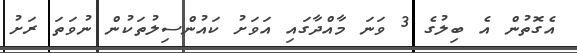
އެގޮތުން އެ ބިލުގެ 3 ވަނަ މާއްދާގައި އަވަށު ކައުންސިލުތަކުން ނުވަތަ ރަށު